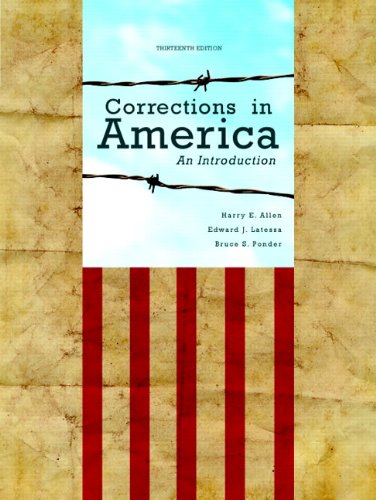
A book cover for Corrections in America: An Introduction (13th Edition); Harry E. Allen; Law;